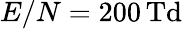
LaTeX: E/N=200\, \mathrm{Td}